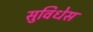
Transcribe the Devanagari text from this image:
सुविधेस